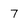
Character: 7